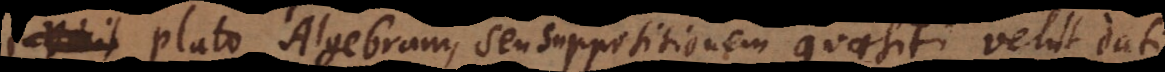
. Plato Algebram, seu suppositionem quaesiti velut dati.